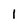
Character: 1